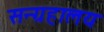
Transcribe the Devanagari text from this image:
सन्ग्रहालय